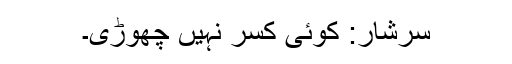
سرشار: کوئی کسر نہیں چھوڑی۔